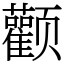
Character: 颧